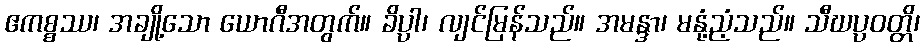
ဧကစ္စဿ၊ အချို့သော ယောဂီအတွက်။ ခိပ္ပါ၊ လျင်မြန်သည်။ အမန္ဒာ၊ မနုံ့ညံ့သည်။ သီဃပ္ပဝတ္တိ၊